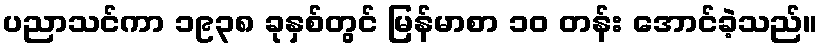
ပညာသင်ကာ ၁၉၃၈ ခုနှစ်တွင် မြန်မာစာ ၁၀ တန်း အောင်ခဲ့သည်။